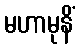
မဟာမုနိံ